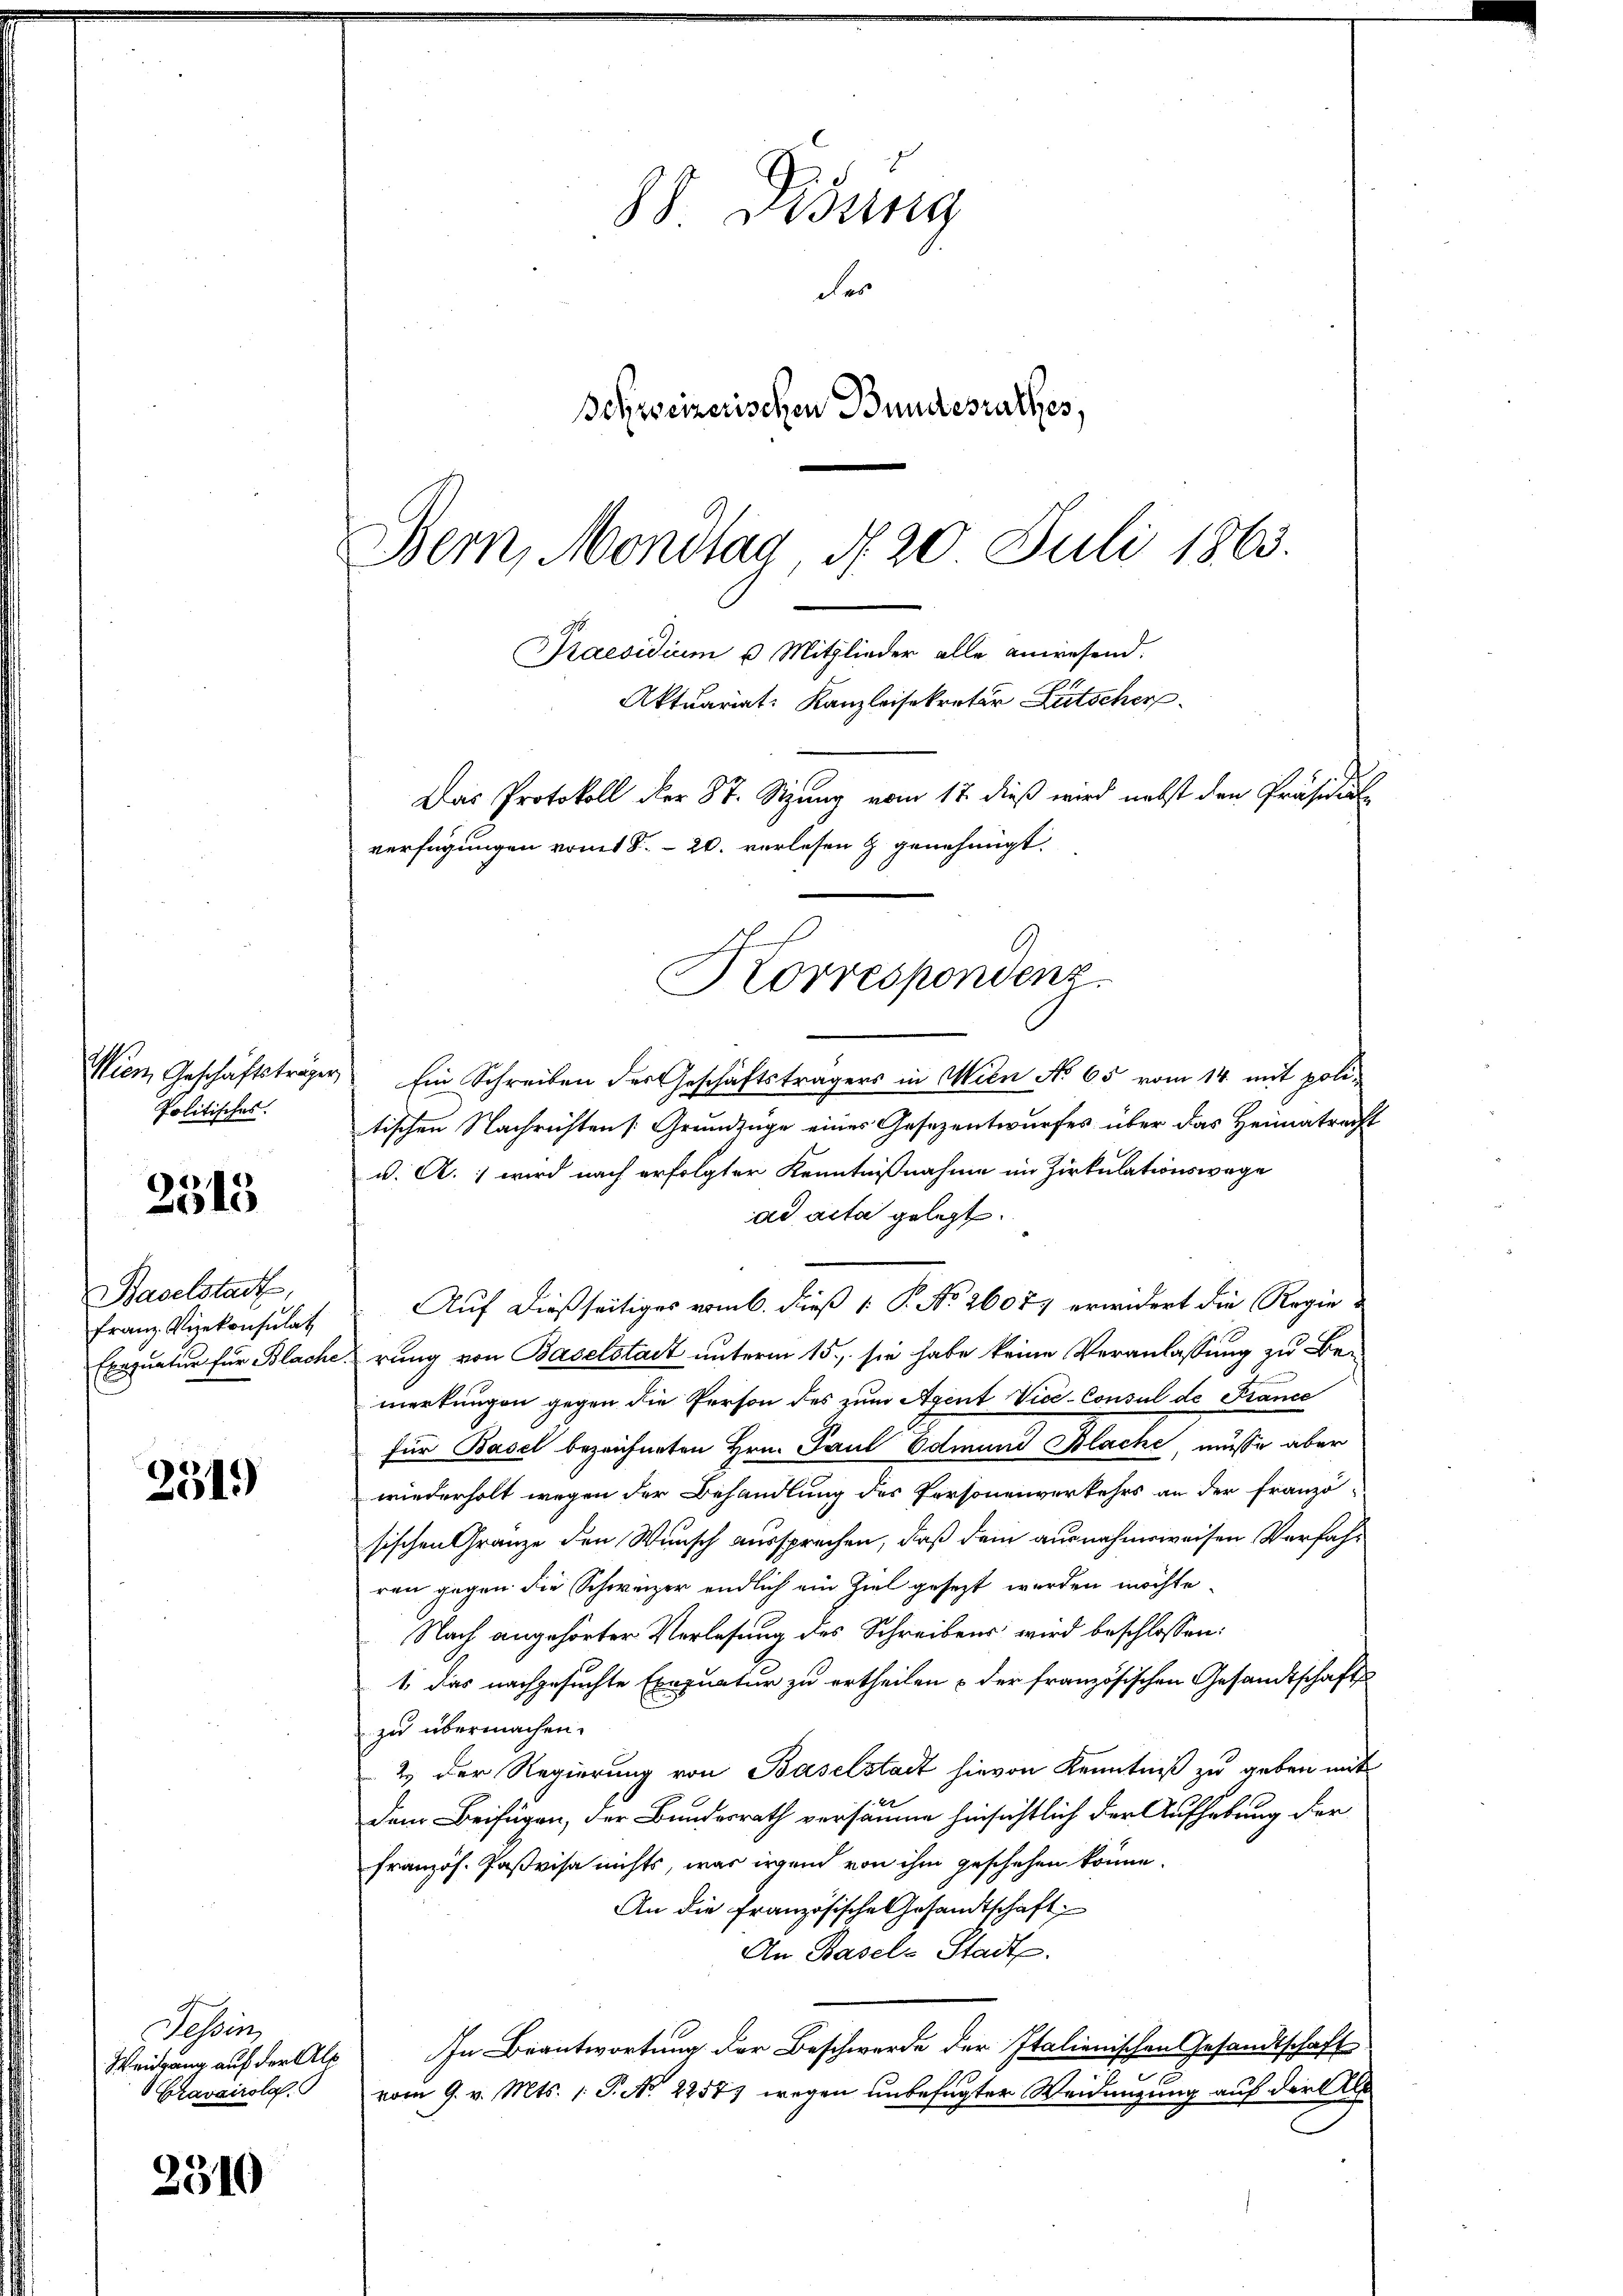
Wien, Geschäftsträgen
Politisches.

2513

Baselstadt,
Franz Vizekonsulat

2319

Tessin
Weigang auf der Alp
Cravairole

2310

88 Didung
des
Behweizerischen Bundesrathes,
Bern, Mondtag N. 20 Juli 1863.
Praesidium u. Mitglieder alle anwesend.

" Ein Schreiben des Geschäftsträgers in Wien No 65 vom 14. mit politischen Nachrichten (Grundzüge eines Gesezentwurfes über das Heimatrecht
v. A.) wird nach erfolgter Kenntnißnahme im Zirkulationswege
ad acta gelegt.
Auf dießseitiges vom 6. dieß 1 P. No. 26077 erwidert die Regie¬
Exequatur für Blacherung von Baselstadt unterm 15., sie habe keine Veranlassung zu Be-
merkungen gegen die Person des zum Agent Vice-Consul de France
für Basel bezeichneten Hrn. Paul Edmund Blache, müsse aber
wiederholt wegen der Behandlung des Personenverkehrs an der franzö-
sischen Gränze den Wunsch aussprechen, daß dein ausnahmsweisen Verfahren gegen die Schweizer endlich ein Ziel gesezt werden möchte
Nach angehörter Verlesung des Schreibens wird beschlossen:
1. das nachgesuchte Exequatur zu ertheilen & der französischen Gesandtschafts
zu übermachen.
2.) Der Regierung von Baselstadt hievon Kenntniß zu geben mit
Dem Beifügen, der Bundesrath versäume hinsichtlich der Aufhebung der
französ. Paßvisa nichts, was irgen von ihm geschehen könne.
An die Französische Gesandtschaft
An Basel-Stadt.
In Beantwortung der Beschwerde der Italienischen Gesandtschaft
e
vom 9. v. Mts. (T. No. 22573 wegen unbefugter Weidengung auf der Al

Aktuariat: Kanzleisekretär Lütscher
Das Protokoll der St. Sitzung vom 17. dieß wird nebst den Präsidial
verfügungen vom 1 S. 20. verlesen & genehmigt.
Korrespondenz.